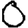
Digit: 0